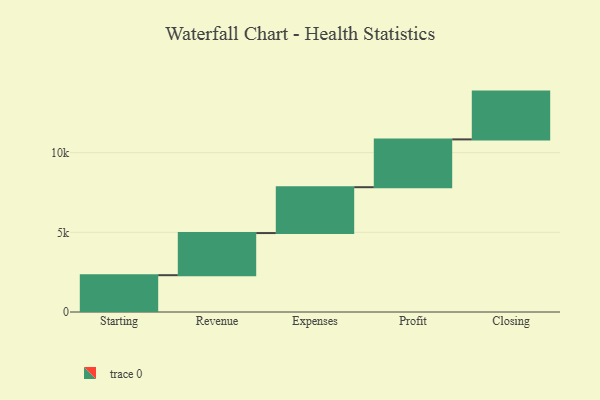
{"axis": {"x": "Step", "y": "Value"}, "legend": [""], "data": [{"x": "Starting", "y": 2310.0, "type": ""}, {"x": "Revenue", "y": 2644.0, "type": ""}, {"x": "Expenses", "y": 2878.0, "type": ""}, {"x": "Profit", "y": 3000, "type": ""}, {"x": "Closing", "y": 3000, "type": ""}]}